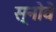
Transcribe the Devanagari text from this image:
स्नोवे